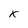
Character: X